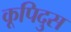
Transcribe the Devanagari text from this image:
कूपिदुस